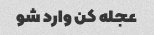
عجله کن وارد شو